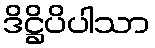
ဒိဋ္ဌိပိပါသာ